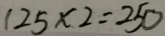
1 2 5 \times 2 = 2 5 0